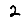
Digit: 2